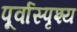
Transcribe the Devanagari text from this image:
पूर्वास्पृश्य